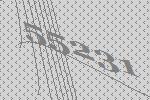
55231